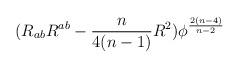
LaTeX: \begin{align*}(R_{ab}R^{ab}-\frac{n}{4(n-1)}R^{2})\phi ^{\frac{2(n-4)}{n-2}}\end{align*}